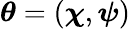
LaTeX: \boldsymbol{\theta}=(\boldsymbol{\chi},\boldsymbol{\psi})